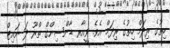
ހިތުގެ ރިދަމް ހިތުގެ ރިދަމް އެެވެ. ވީއާރ ޑާންސިންގް ތްރޫ ދަ ނައިޓް